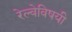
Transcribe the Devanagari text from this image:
रेल्वेविषयी